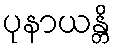
ပုနာယန္တိ